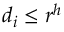
d _ { i } \leq r ^ { h }